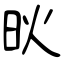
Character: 炚